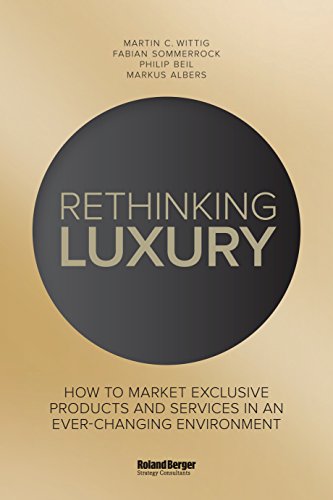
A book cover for Rethinking Luxury: How to Market Exclusive Products in an Ever-Changing Environment; Martin Wittig; Business & Money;